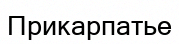
Прикарпатье